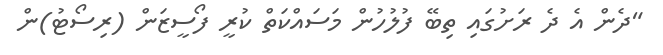
"ދެން އެ ދެ ރަށުގައި ތިބޭ ފުލުހުން މަސައްކަތް ކުރީ ފޯސީޒަން (ރިސޯޓު)ން